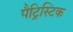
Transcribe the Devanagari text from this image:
पैट्रिस्टिक